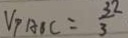
V _ { p A B C } = \frac { 3 2 } { 3 }